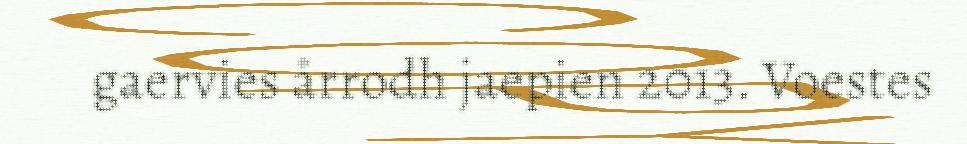
gaervies årrodh jaepien 2013. Voestes